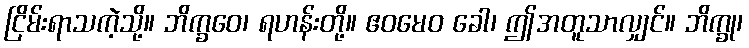
ငြိမ်းရာသကဲ့သို့။ ဘိက္ခဝေ၊ ရဟန်းတို့။ ဧဝမေဝ ခေါ၊ ဤအတူသာလျှင်။ ဘိက္ခု၊